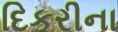
દિકરીના